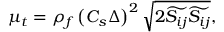
\mu _ { t } = \rho _ { f } \left( C _ { s } \Delta \right) ^ { 2 } \sqrt { 2 \widetilde { S _ { i j } } \widetilde { S _ { i j } } } ,